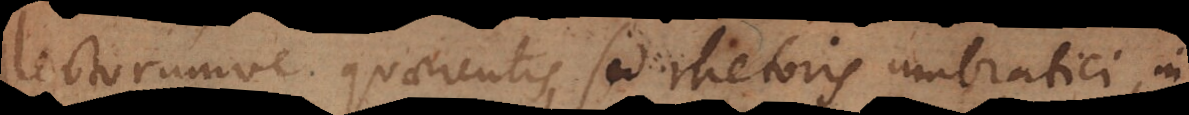
lectorumve quaerentis, sed rhetoris umbratici, in